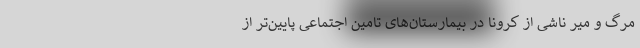
مرگ و میر ناشی از کرونا در بیمارستان‌های تامین اجتماعی پایین‌تر از